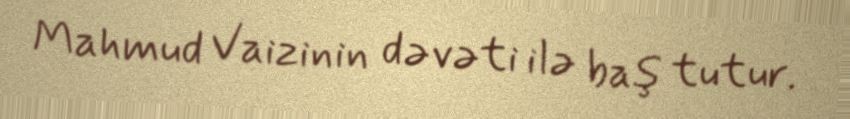
Mahmud Vaizinin dəvəti ilə baş tutur.